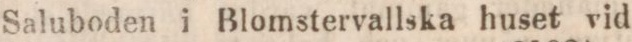
Saluboden i Blomstervallska huset vid